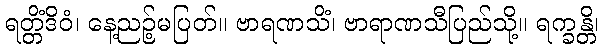
ရတ္တိံဒိဝံ၊ နေ့ညဉ့်မပြတ်။ ဗာရဏသိံ၊ ဗာရာဏသီပြည်သို့။ ရက္ခန္တိ၊